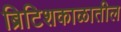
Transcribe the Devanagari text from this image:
ब्रिटिशकाळातील